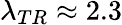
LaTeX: \lambda_{TR}\approx 2.3